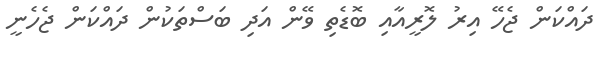
ދައްކަން ޖެހޭ އިރު ލޮރީއާއި ބޮޑެތި ވޭން އަދި ބަސްތަކުން ދައްކަން ޖެހެނީ